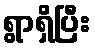
ရွာရှိပြီး